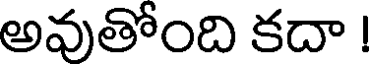
అవుతోంది కదా !